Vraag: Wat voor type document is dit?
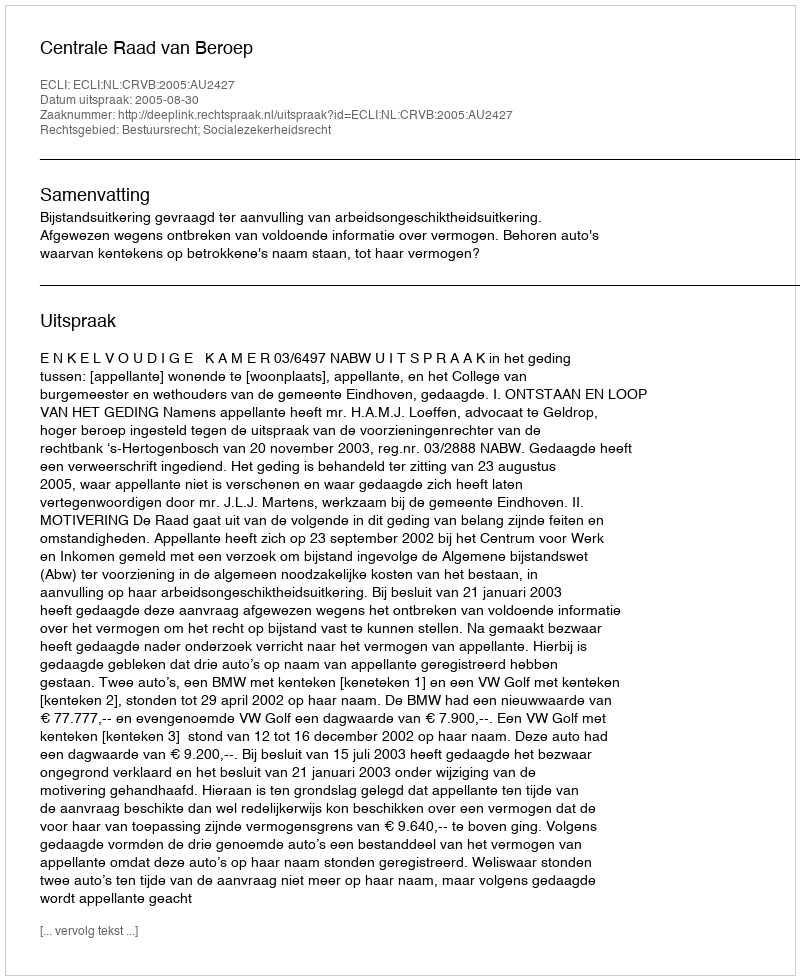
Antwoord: Uitspraak